65_HS1-834228961_62-HQ-83894_Section_6
Agency: FBI
Page 264
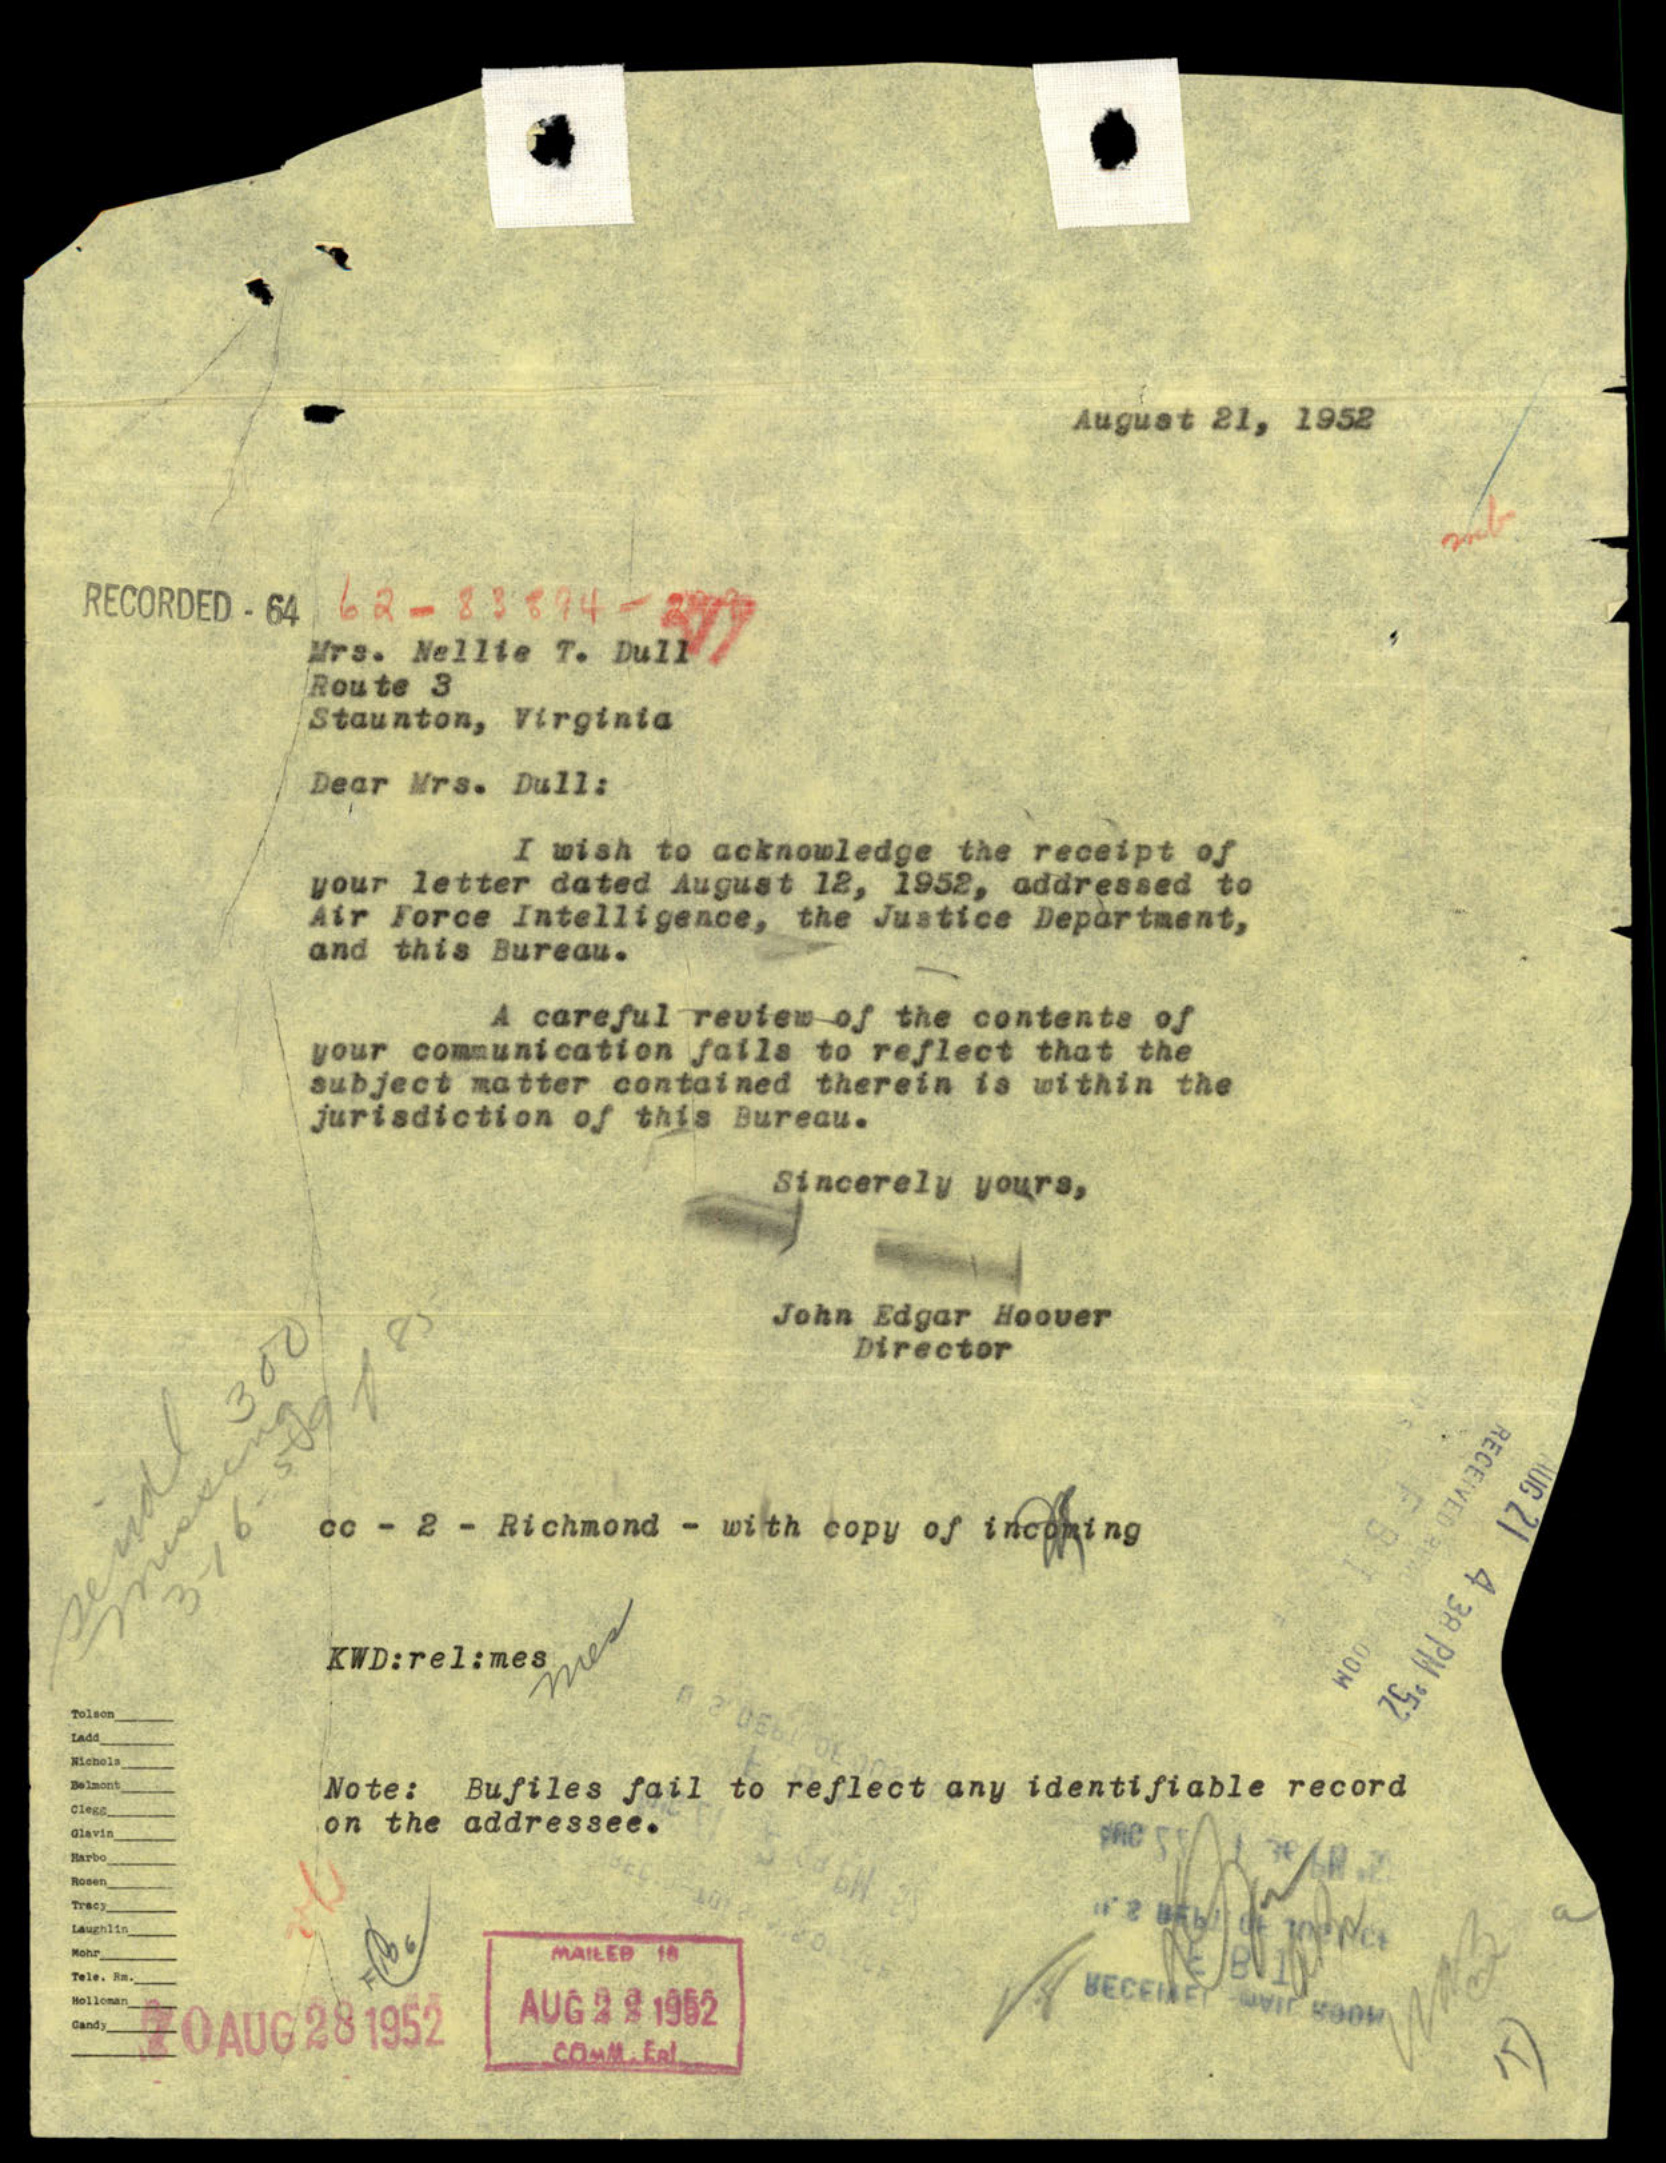